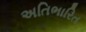
અતિભારિત